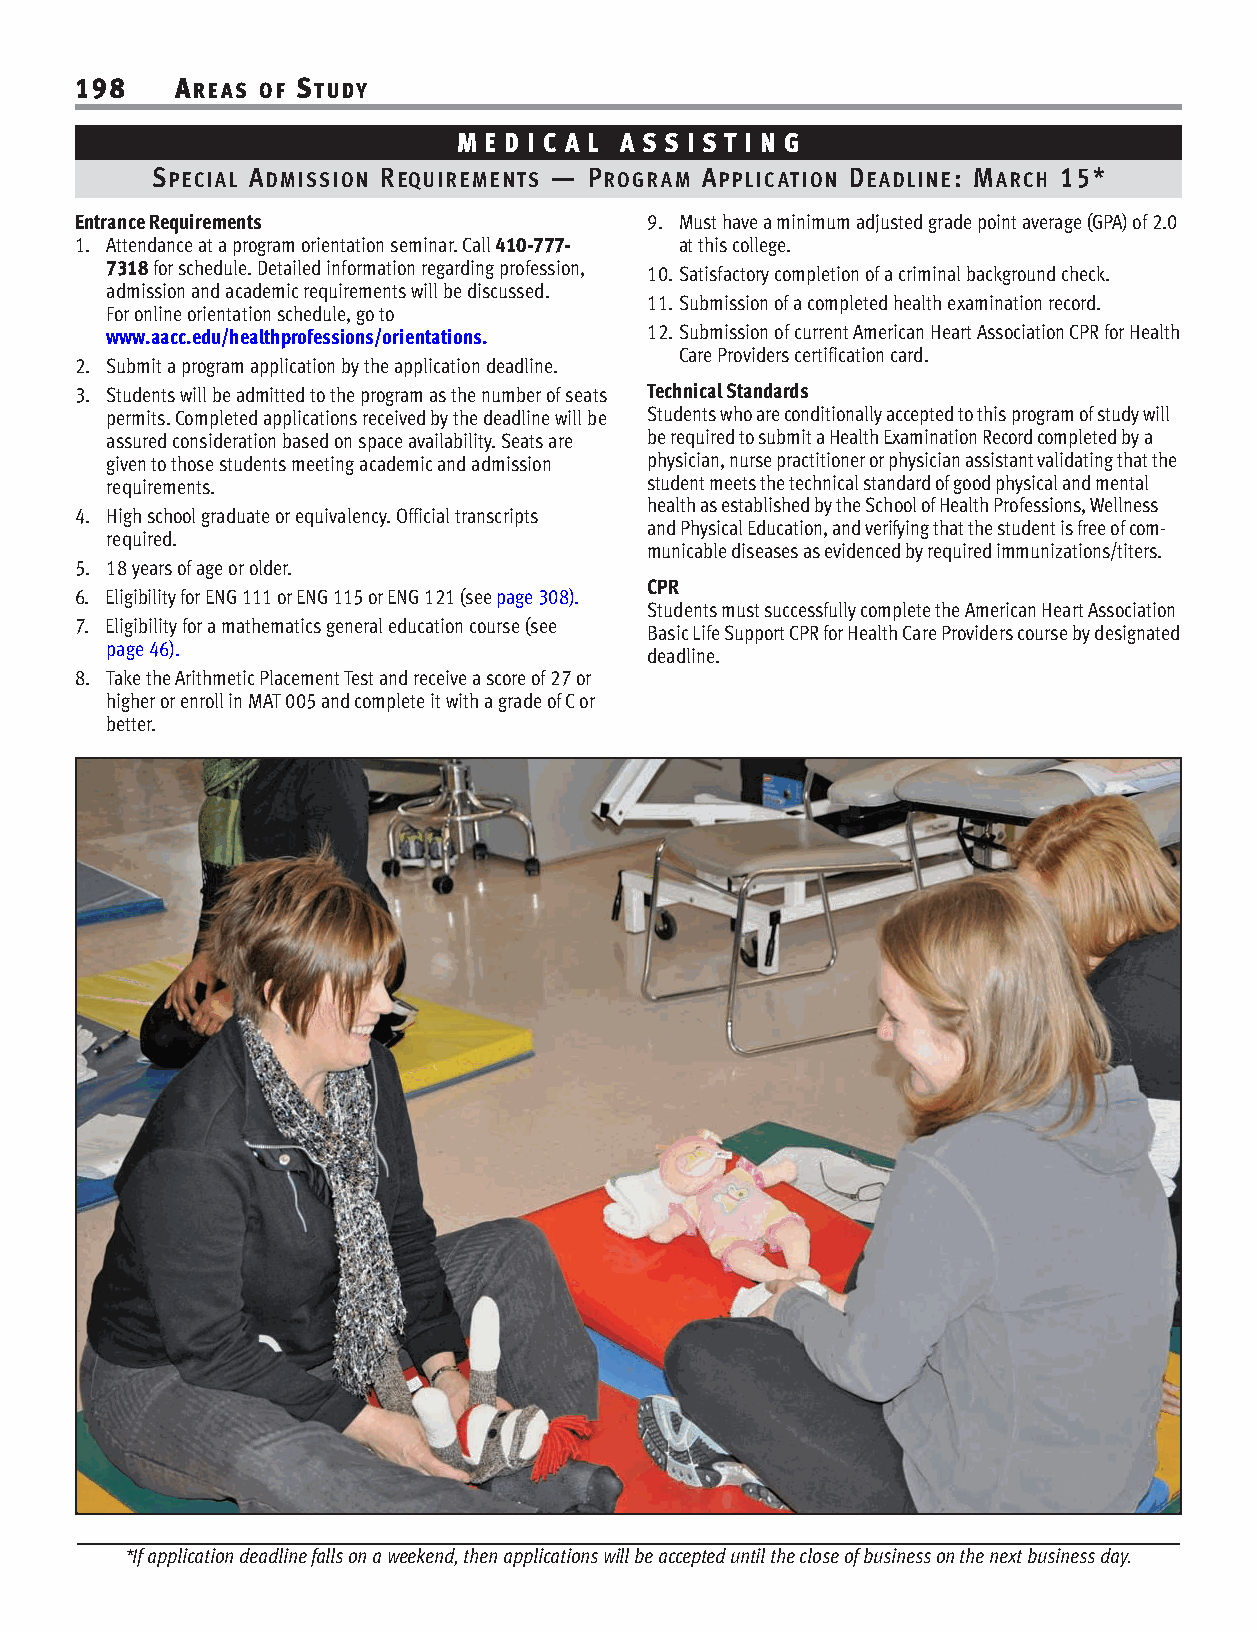
198    AREAS OF STUDY
 M E D I C A L A S S I S T I N G
 SPECIAL ADMISSION REQUIREMENTS — PROGRAM APPLICATION DEADLINE: MARCH 15*
 Entrance Requirements                 9. Must have a minimum adjusted grade point average (GPA) of 2.0
 1. Attendance at a program orientation seminar. Call 410-777- at this college.
 7318for schedule. Detailed information regarding profession, 10.Satisfactory completion of a criminal background check.
 admission and academic requirements will be discussed.
 11.Submission of a completed health examination record.
 For online orientation schedule, go to
 www.aacc.edu/healthprofessions/orientations. 12.Submission of current American Heart Association CPR for Health
 Care Providers certification card.
 2. Submit a program application by the application deadline.
 3. Students will be admitted to the program as the number of seats Technical Standards
 permits. Completed applications received by the deadline will be Students who are conditionally accepted to this program of study will
 assured consideration based on space availability. Seats are be required to submit a Health Examination Record completed by a
 given to those students meeting academic and admission physician, nurse practitioner or physician assistant validating that the
 requirements.                       student meets the technical standard of good physical and mental
 health as established by the School of Health Professions, Wellness
 4. High school graduate or equivalency. Official transcripts
 and Physical Education, and verifying that the student is free of com-
 required.
 municable diseases as evidenced by required immunizations/titers.
 5. 18 years of age or older.
 CPR
 6. Eligibility for ENG 111 or ENG 115 or ENG 121 (see page 308).
 Students must successfully complete the American Heart Association
 7. Eligibility for a mathematics general education course (see Basic Life Support CPR for Health Care Providers course by designated
 page 46).                           deadline.
 8. Take the Arithmetic Placement Test and receive a score of 27 or
 higher or enroll in MAT 005 and complete it with a grade of C or
 better.
 *If application deadline falls on a weekend, then applications will be accepted until the close of business on the next business day.